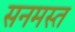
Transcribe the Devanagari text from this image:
सनमस्त